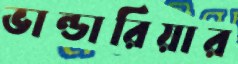
ভান্ডারিয়ার